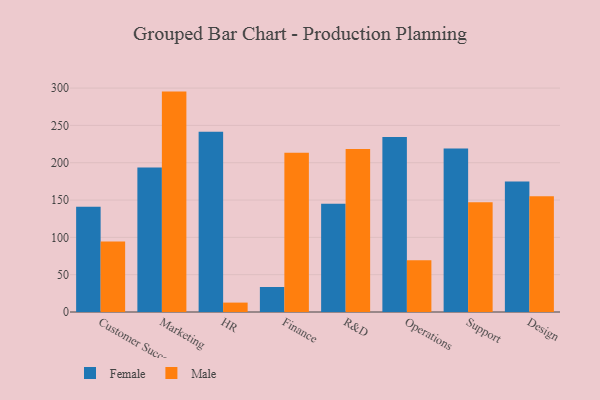
{"axis": {"x": "Department", "y": "Backlog"}, "legend": ["Female", "Male"], "data": [{"x": "Customer Success", "y": 141.0, "type": "Female"}, {"x": "Customer Success", "y": 94.4, "type": "Male"}, {"x": "Marketing", "y": 193.5, "type": "Female"}, {"x": "Marketing", "y": 295.3, "type": "Male"}, {"x": "HR", "y": 241.6, "type": "Female"}, {"x": "HR", "y": 12.6, "type": "Male"}, {"x": "Finance", "y": 33.5, "type": "Female"}, {"x": "Finance", "y": 213.4, "type": "Male"}, {"x": "R&D", "y": 145.1, "type": "Female"}, {"x": "R&D", "y": 218.5, "type": "Male"}, {"x": "Operations", "y": 234.4, "type": "Female"}, {"x": "Operations", "y": 69.5, "type": "Male"}, {"x": "Support", "y": 219.2, "type": "Female"}, {"x": "Support", "y": 147.2, "type": "Male"}, {"x": "Design", "y": 174.7, "type": "Female"}, {"x": "Design", "y": 155.2, "type": "Male"}]}